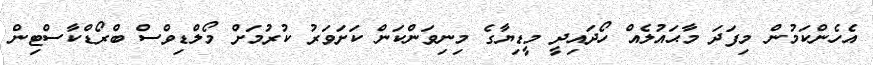
އެހެންކަމުން މިފަދަ މާޙައުލެއް ހޯދައިދީ މީޑިޔާގެ މިނިވަންކަން ކަށަވަރު ކުރުމަށް މޯލްޑިވްސް ބްރޯޑްކާސްޓިން